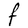
Character: F